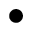
\bullet